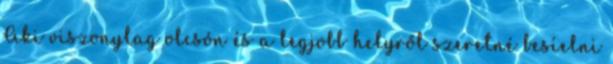
Aki viszonylag olcsón és a legjobb helyről szeretné besíelni